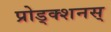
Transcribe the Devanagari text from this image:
प्रोड्क्शनस्